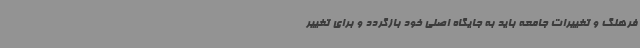
فرهنگ و تغییرات جامعه باید به جایگاه اصلی خود بازگردد و برای تغییر